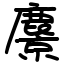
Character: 麖